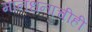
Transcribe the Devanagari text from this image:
मानधनाचीही